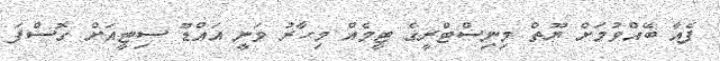
ފެއާ ބޭއްވުމަށް ޔޫތް މިނިސްޓްރީގެ ޓީމެއް މިހާރު ވަނީ އައްޑޫ ސިޓީއަށް ގޮސްފަ